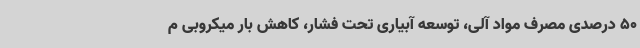
50 درصدی مصرف مواد آلی، توسعه آبیاری تحت فشار، کاهش بار میکروبی م